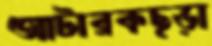
আটারকছড়া